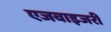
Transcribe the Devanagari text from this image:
एजवाइजरी